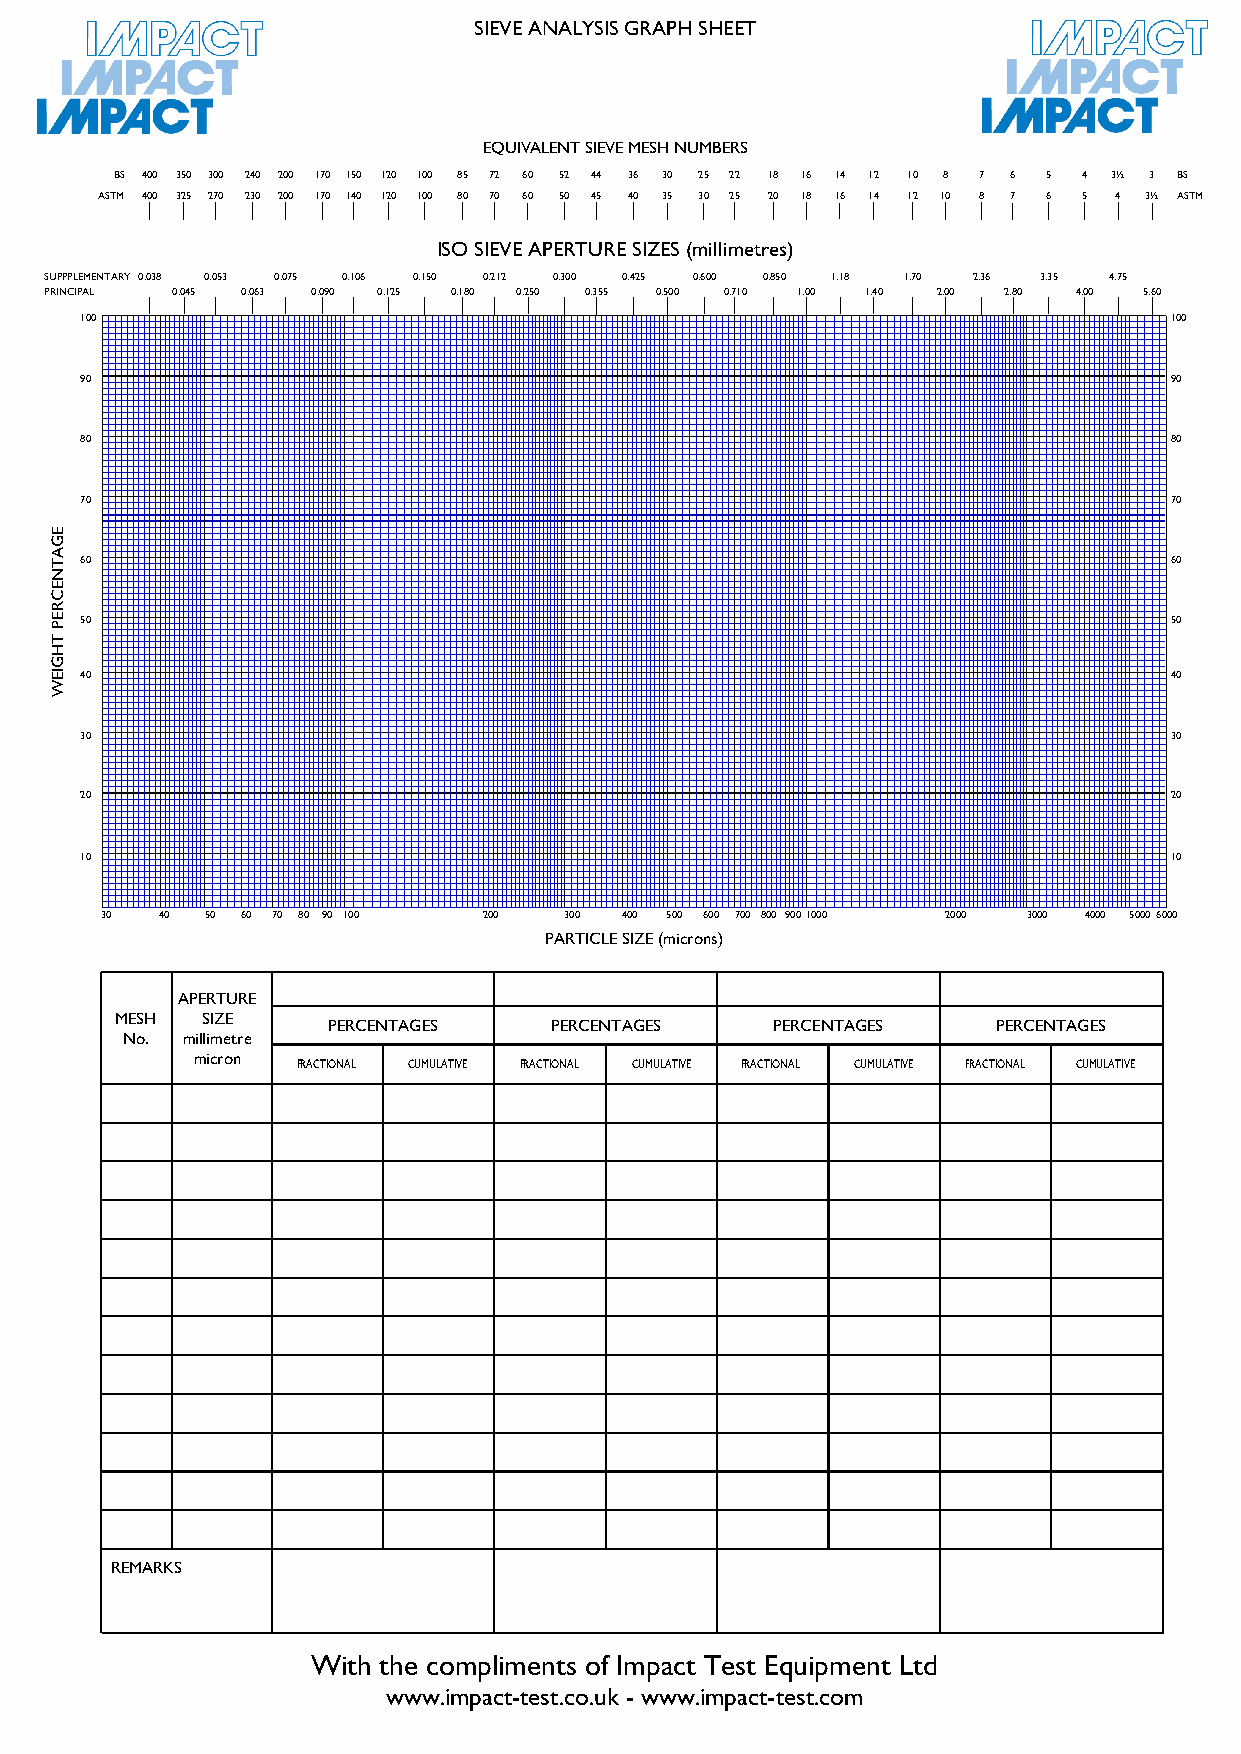
SIEVE ANALYSIS GRAPH SHEET
 EQUIVALENT SIEVE MESH NUMBERS
 BS 400 350 300 240 200 170 150 120 100 85 72 60 52 44 36 30 25 22 18 16 14 12 10 8 7 6 5 4 3½ 3 BS
 ASTM 400 325 270 230 200 170 140 120 100 80 70 60 50 45 40 35 30 25 20 18 16 14 12 10 8 7 6 5 4 3½ ASTM
 ISO SIEVE APERTURE SIZES (millimetres)
 SUPPPLEMENTARY 0.038 0.053 0.075 0.106 0.150 0.212 0.300 0.425 0.600 0.850 1.18 1.70 2.36 3.35 4.75
 PRINCIPAL 0.045 0.063 0.090 0.125 0.180 0.250 0.355 0.500 0.710 1.00 1.40 2.00 2.80 4.00 5.60
 100                                                                     100
 90                                                                      90
 80                                                                      80
 70                                                                      70
 60                                                                      60
 50                                                                      50
 40                                                                      40
 30                                                                      30
 20                                                                      20
 10                                                                      10
 30  40 50 60 70 80 90 100 200 300 400 500 600 700 800 9001000 2000 3000 4000 50006000
 PARTICLE SIZE (microns)
 APERTURE
 MESH SIZE
 PERCENTAGES   PERCENTAGES    PERCENTAGES    PERCENTAGES
 No. millimetre
 micron
 FRACTIONAL CUMULATIVE FRACTIONAL CUMULATIVE FRACTIONAL CUMULATIVE FRACTIONAL CUMULATIVE
 REMARKS
 With the compliments of Impact Test Equipment Ltd
 www.impact-test.co.uk - www.impact-test.com
 EGATNECREP
 THGIEW